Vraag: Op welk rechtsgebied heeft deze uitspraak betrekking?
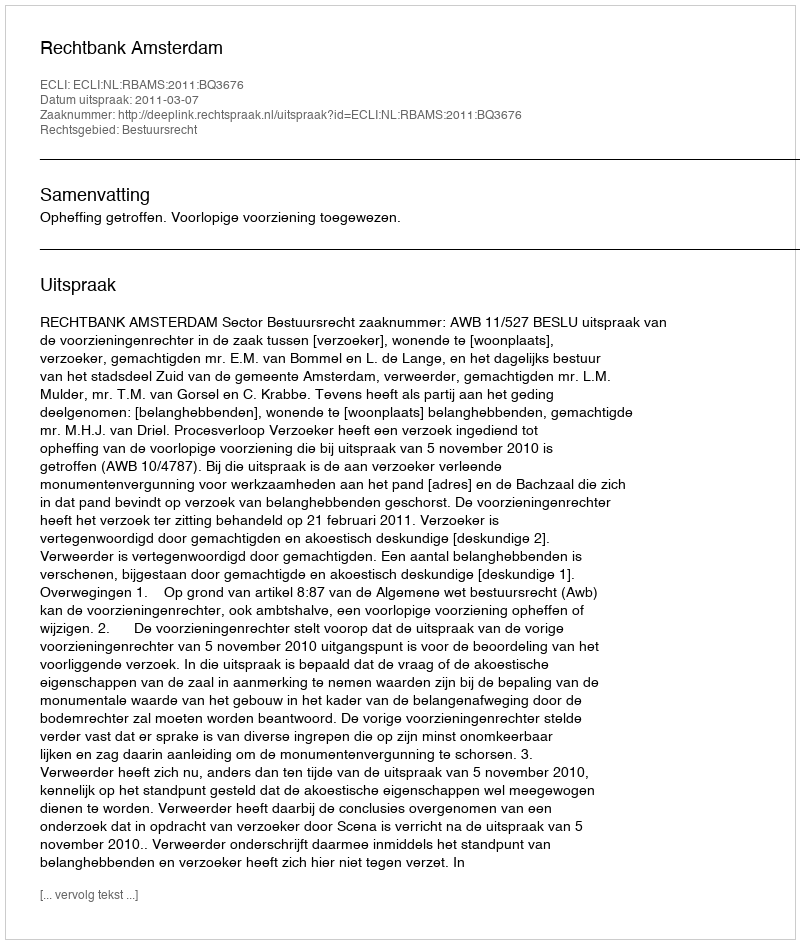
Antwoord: Bestuursrecht